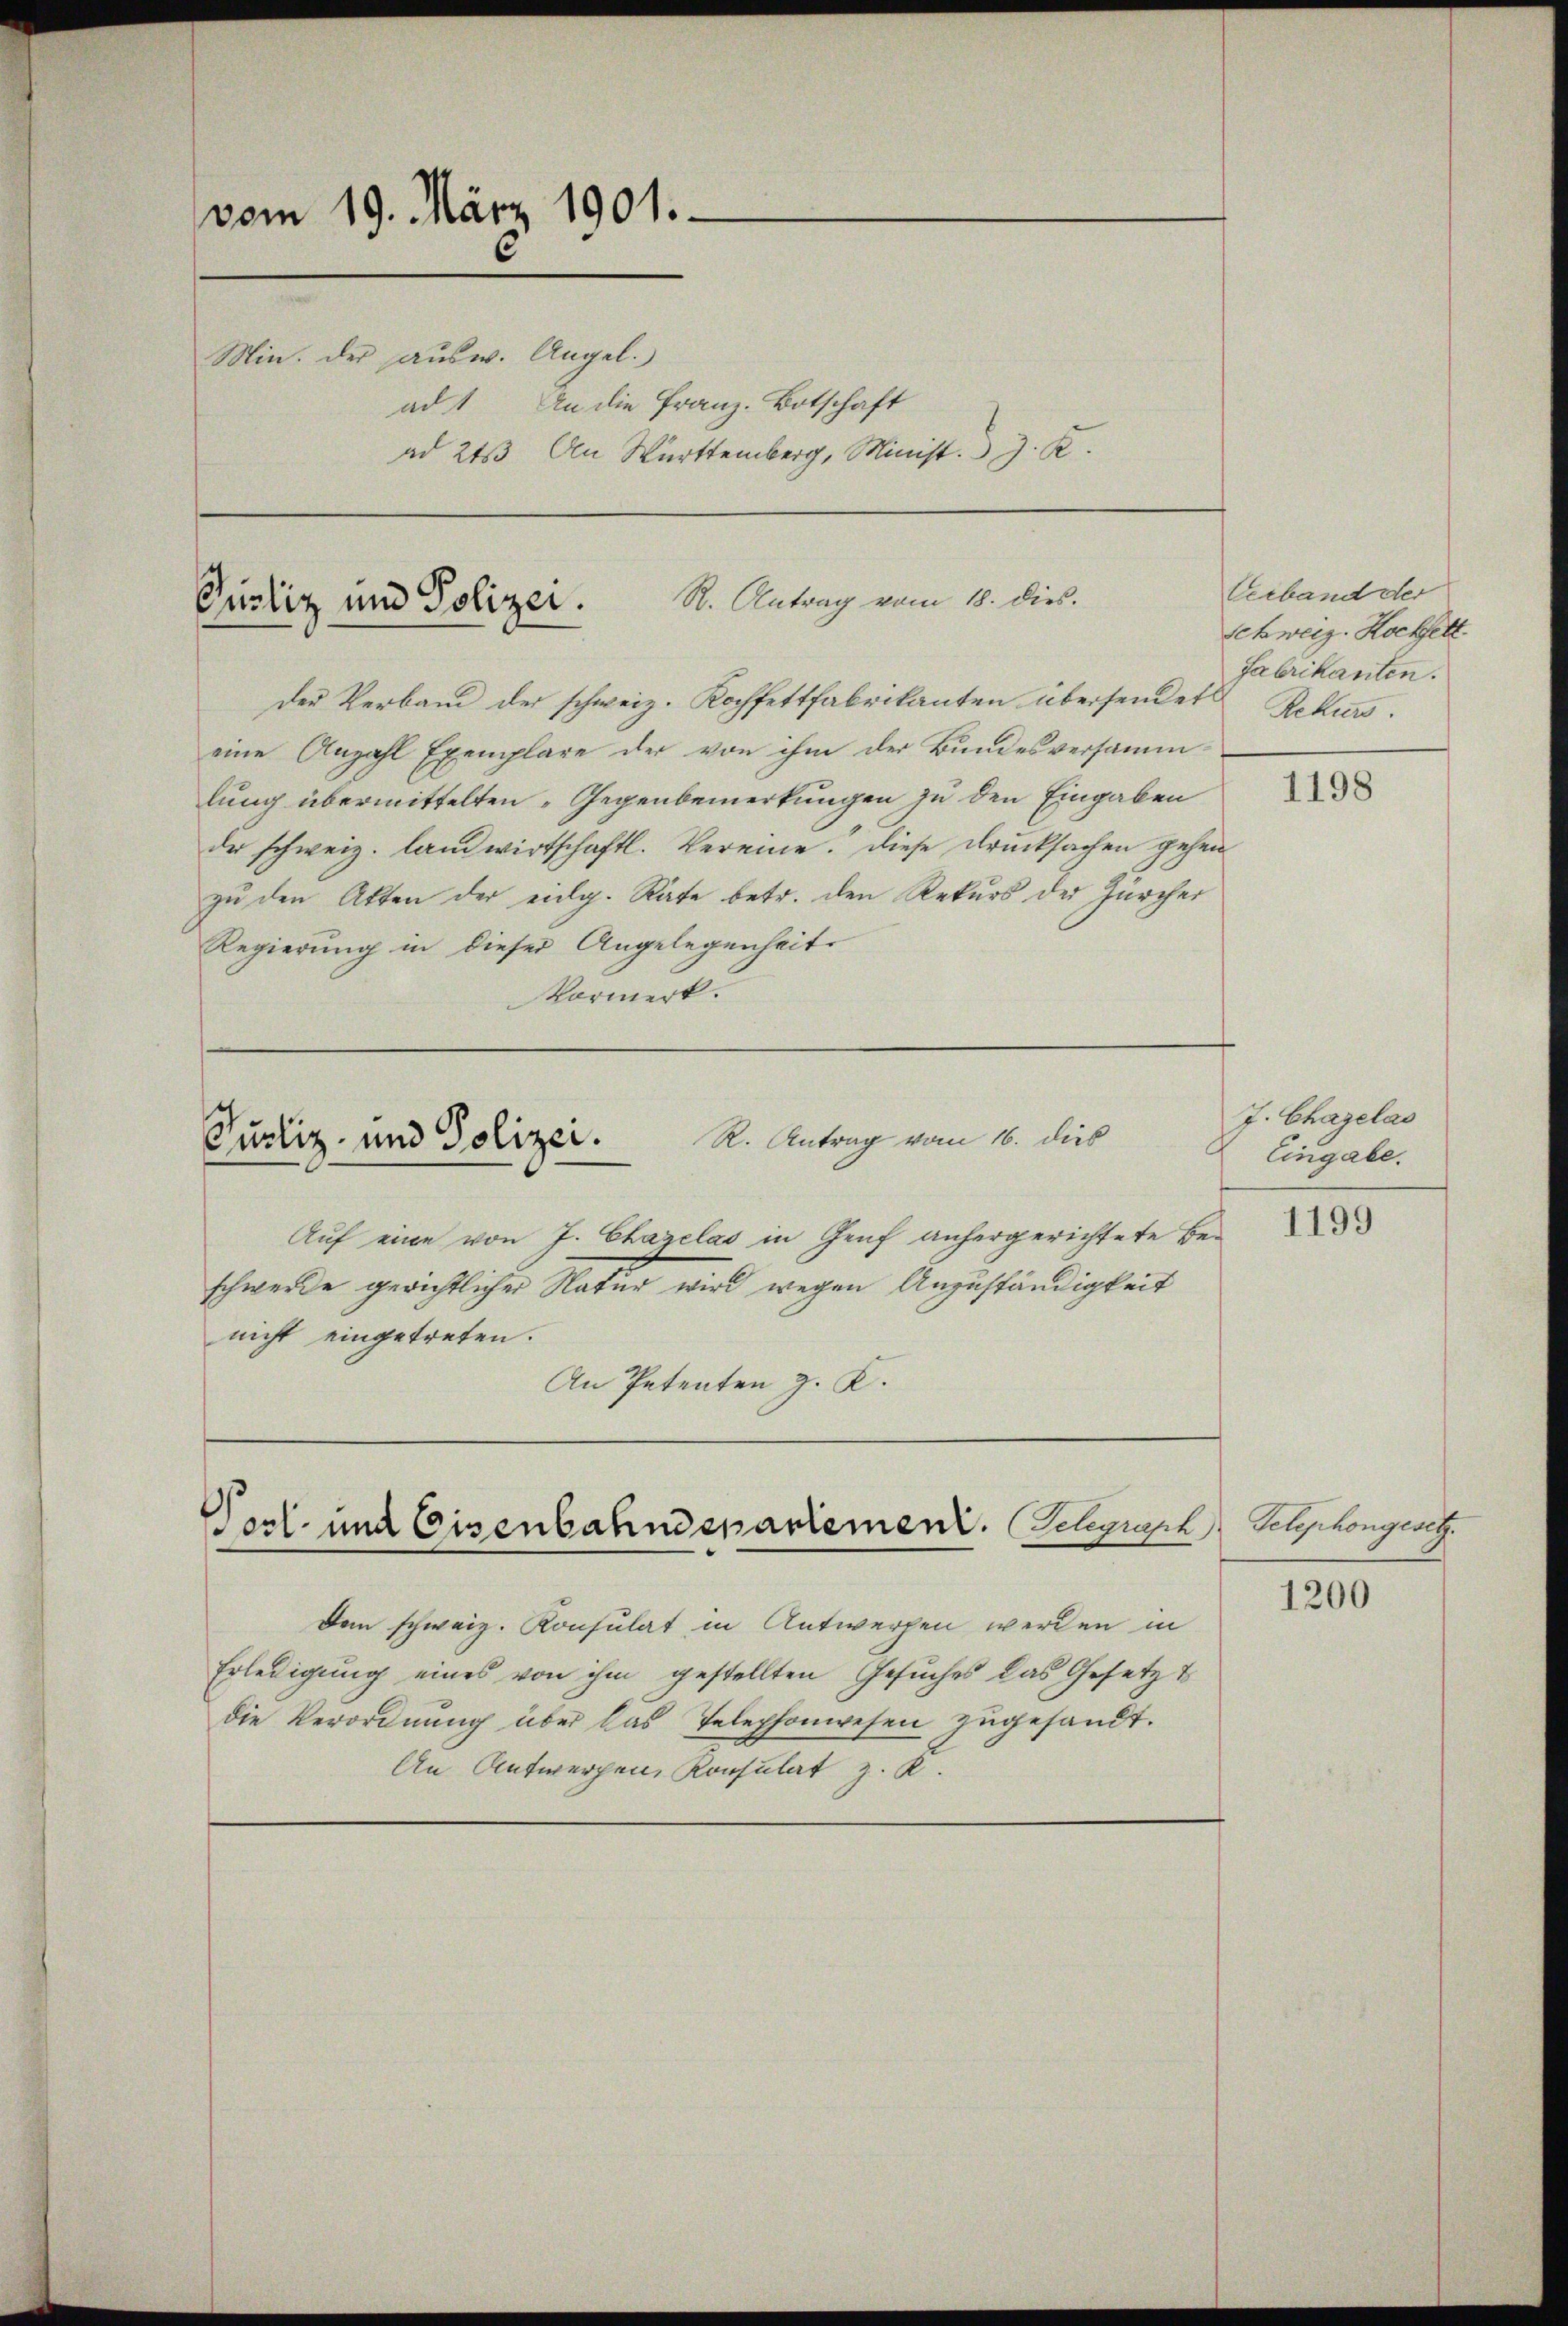
vom 19. März 1901.
Min. Der ausw. Angel.
ad 1. An die Franz-Botschaft
ad 213. An Württemberg, Minist. J. K.

Pustiz und Polizei. S. Antrag vom 10. dies.

Auf eine von J. Chazelas in Genf anhergerichtete Beschwerde gerichtlicher Natur wird wegen Anzuständigkeit
nicht eingetreten.
An Petenten z. K.

Der Verband der schweiz. Kochfettfabrikanten übersendet

R. Antrag vom 16. dies
Justiz- und Polizei.

eine Anzahl Exemplare der von ihm der Bundesversammlung übermittelten „Gegenbemerkungen zu den Eingaben
der schweiz. landwirtschaftl. Vereine. Diese Drucksachen gehen
zu den Akten der eidg. Rate betr. den Rekurs der Zürcher
Regierung in dieser Angelegenheit
Vormerk.

Post- und Eisenbahndepartement. Schgraph Telephongesetz

Den schweiz. Konsulat in Antwerfen werden in
Erledigung eines von ihm gestellten Gesuches das Gesetzt
die Verordnung über das Telephonwesen zugesandt.
An Antwerpen, Konsulat z. K.

Cerband der
Schweiz. Hochselt
Fabrikanten.
Rekurs.

1198

J. Chagelas
Eingabe.

1199

1200